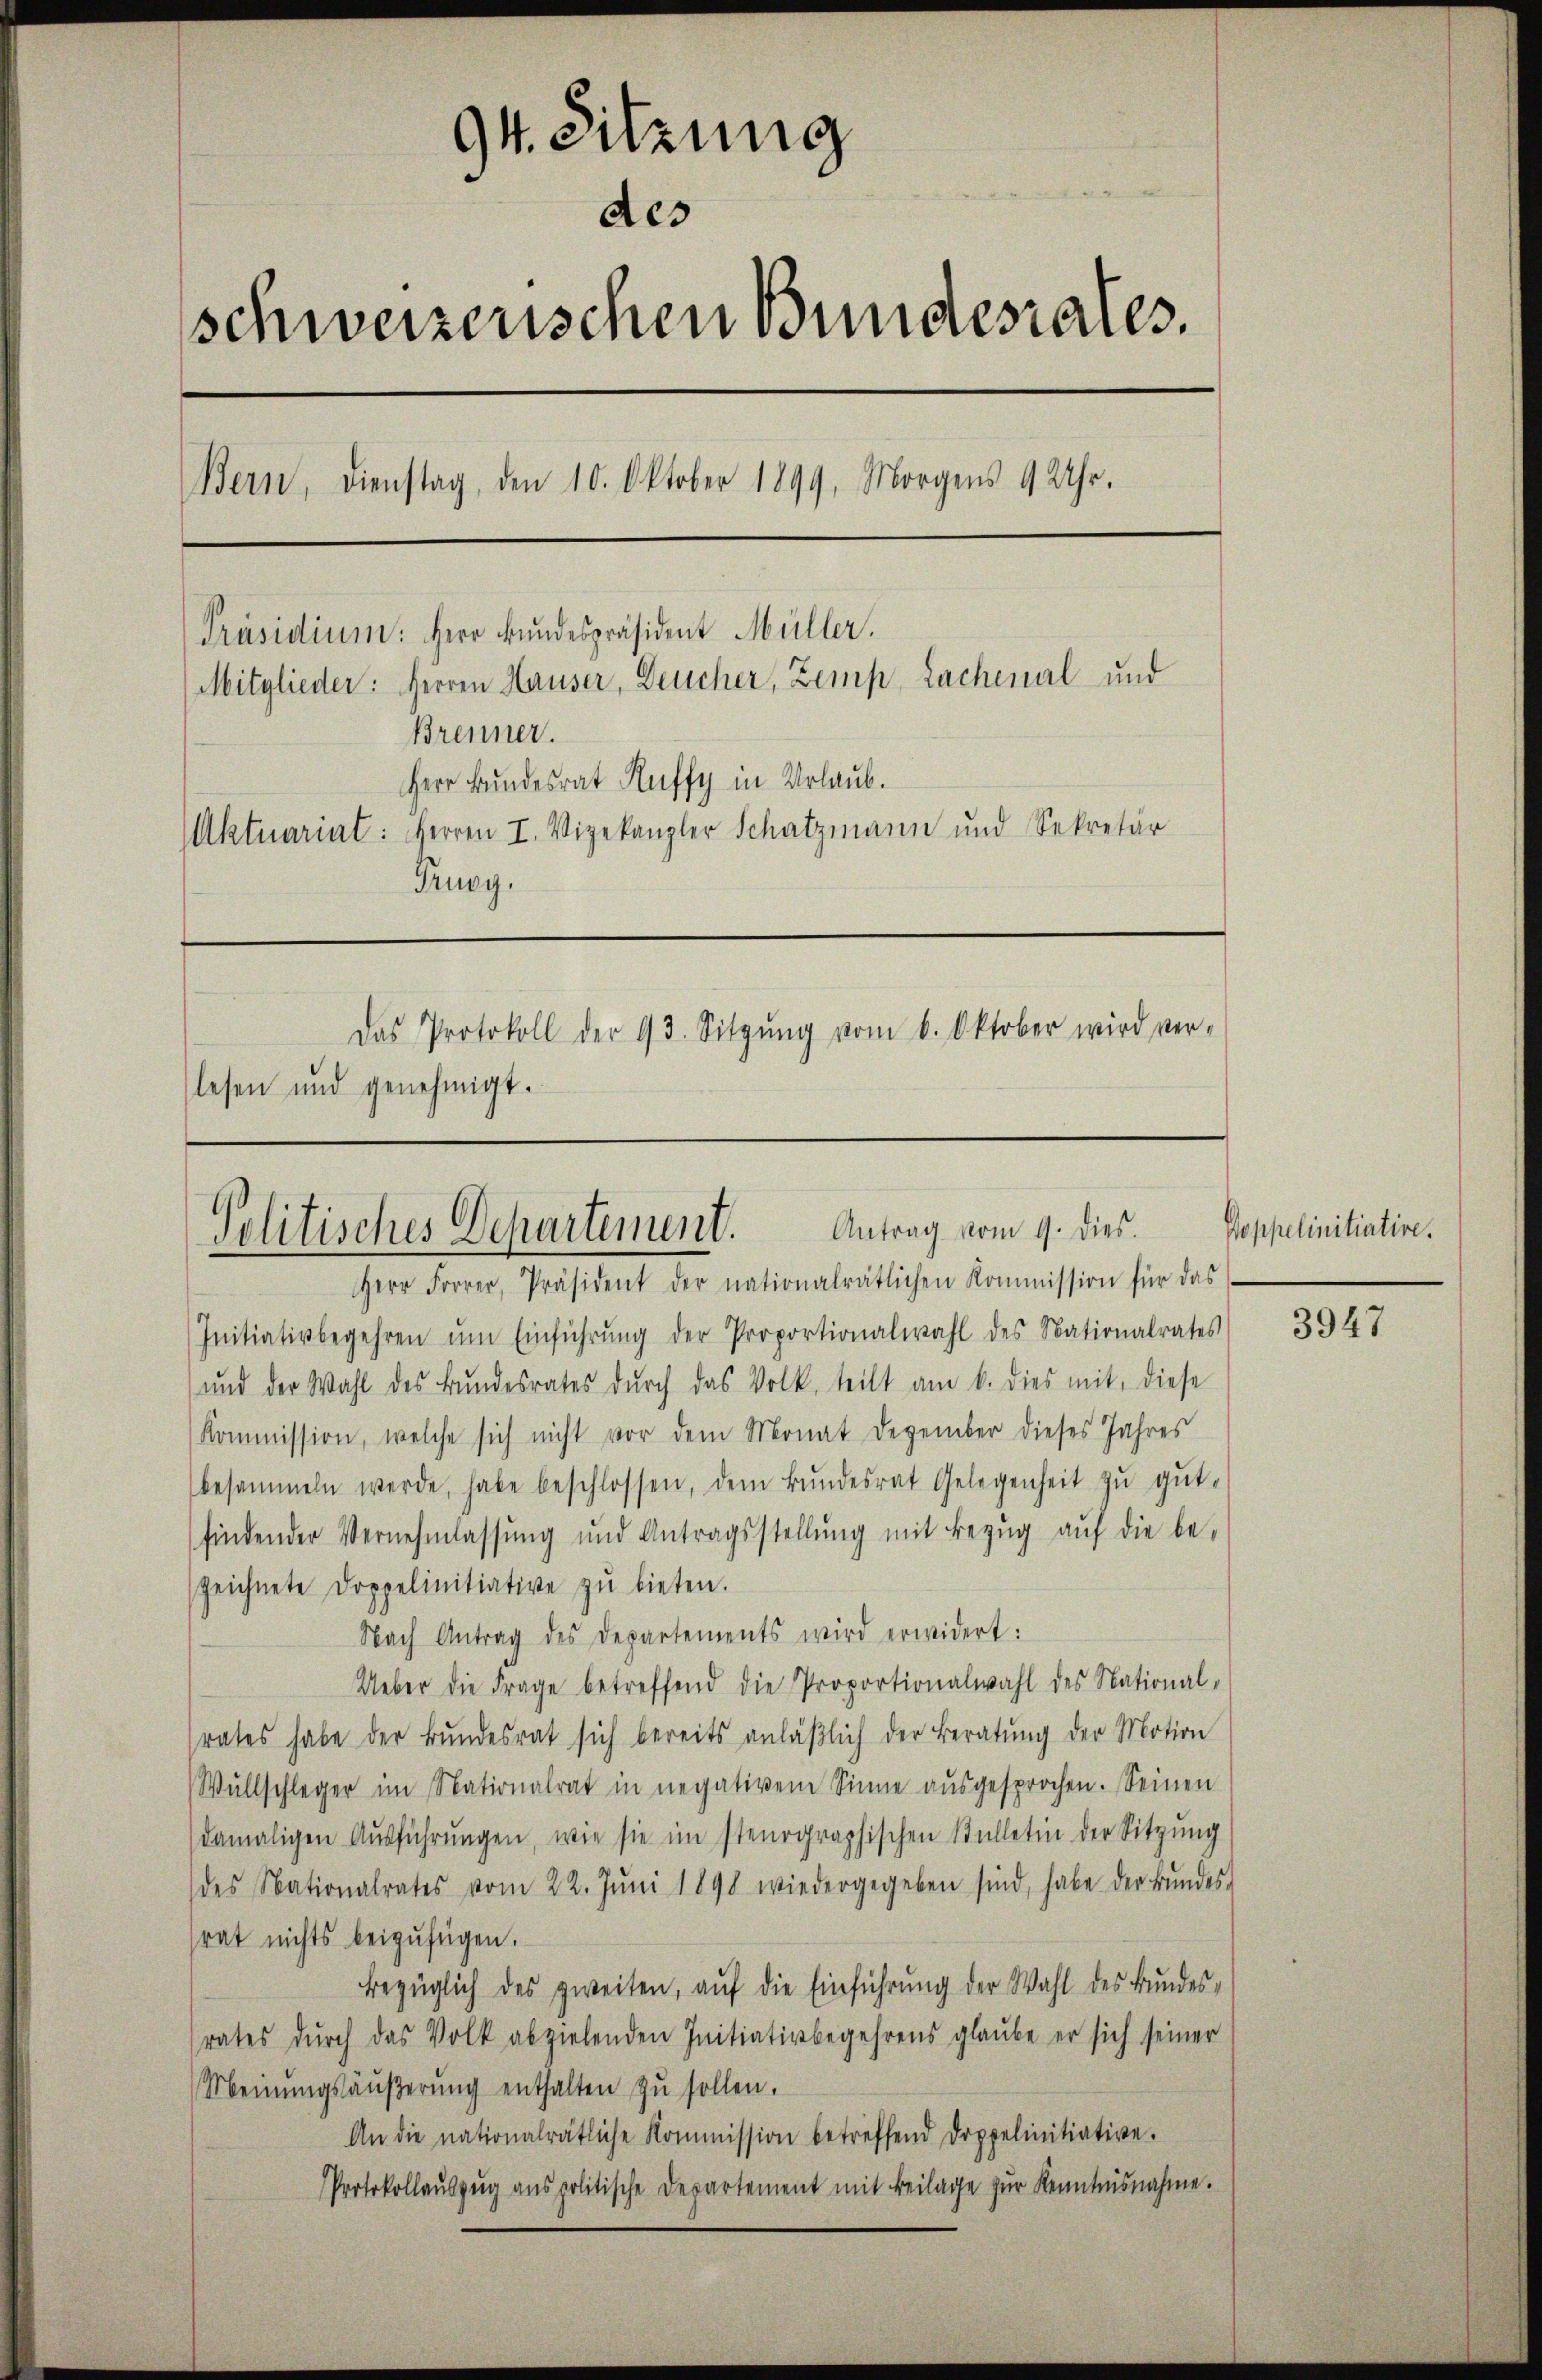
94. Sitzung
des
schweizerischen Bundesrates.
Bern, Dienstag, den 10. Oktober 1899, Morgens 9 Uhr.
[Präsidium: Herr Bundespräsident Müller.
Mitglieder: Herren Hauser, Deucher, Zemp, Lachenal- und
Brenner.
Herr Bundesrat Ruffy in Urlaub.
Aktuariat: Herren I. Vizekanzler Schatzmann und Sekretär
Prugg,
Das Protokoll der 93. Sitzŭng vom 6. Oktober wird ver-
lesen und genehmigt.

Antrag vom 9. dies.
Politisches Departement.
Herr Forrer, Präsident der nationalrätlichen Kommission für das

Initiativbegehren ŭm Einführŭng der Proportionalwahl des Nationalrates
ŭnd der Wahl des Bŭndesrates dŭrch das Volk teilt am 6. dies mit, diese
Kommission, welche sich nicht vor dem Monat Dezember dieses Jahres
besammeln werde, habe beschlossen, dem Bŭndesrat Gelegenheit zŭ gŭt-
findender Vernehmlassung und Antragsstellŭng mit Bezug auf die be-
zeichnete Doppelinitiative zŭ bieten.
Nach Antrag des Departements wird erwidert:
Ueber die Frage betreffend die Proportionalwahl des National-
rates habe der Bŭndesrat sich bereits anläβlich der Beratŭng der Motion
Wüllschläger im Nationalrat in negativem Sinne aŭsgesprochen. Seinen
damaligen Aŭsführŭngen, wie sie im stenographischen Stelletin der Sitzŭng
des Nationalrates vom 22. Jŭni 1898 wiedergegeben sind, habe der Bŭndes-
srat nichts beizufügen.
Bezüglich des zweiten, aŭf die Einführŭng der Wahl des Bŭndes-
rates dŭrch das Volk abzielenden Initiativbegehrens glaube er sich seiner
Meinŭngsäŭβerŭng enthalten zŭ sollen.
An die nationalrätliche Kommission betreffend Doppelinitiative.
Protokollaŭszŭg aŭs politische Departement mit Beilage zŭr Kenntnisnahme.

Poppelinitiative.

3947